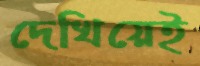
দেখিয়েই